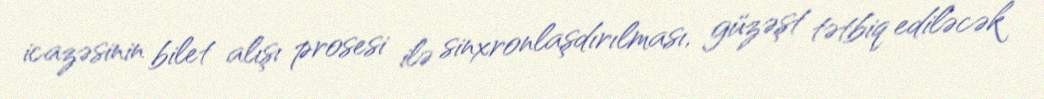
icazəsinin bilet alışı prosesi ilə sinxronlaşdırılması, güzəşt tətbiq ediləcək